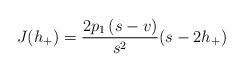
LaTeX: \begin{align*}J(h_{+})=\dfrac{2p_{1}\left( s-v\right) }{s^{2}}(s-2h_{+})\end{align*}